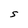
Character: S